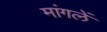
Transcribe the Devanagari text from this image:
मांगलें